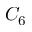
C _ { 6 }